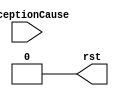
module rstPC (
	input [1:0] ExceptionCause,
	output reg rst
);

initial begin 
	rst <= 0;
end

always @ (*) 
	if (ExceptionCause != 0)
		rst <= 0;

endmodule